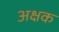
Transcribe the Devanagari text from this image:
अक्षक